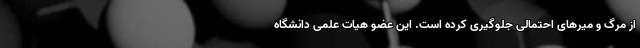
از مرگ و میرهای احتمالی جلوگیری کرده است. این عضو هیات علمی دانشگاه